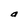
Character: a